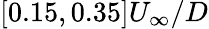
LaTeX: [0.15,0.35]U_{\infty}/D